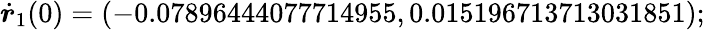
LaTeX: \dot{\boldsymbol{r}}_{1}(0)=(-0.07896444077714955,0.015196713713031851);